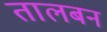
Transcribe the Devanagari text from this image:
तालबन